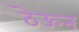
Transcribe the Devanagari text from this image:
ठॆऊन